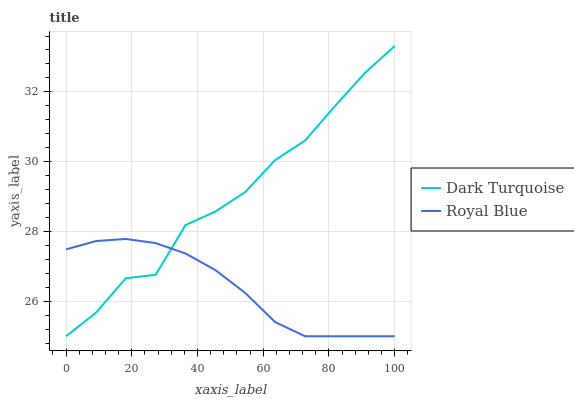
| xaxis_label | Dark Turquoise | Royal Blue |
 | --- | --- | --- |
 | 0 | 25 | 27.5 |
 | 9.09 | 25.7 | 27.7 |
 | 18.2 | 26.7 | 27.8 |
 | 27.3 | 26.8 | 27.7 |
 | 36.4 | 28.2 | 27.4 |
 | 45.5 | 28.6 | 26.9 |
 | 54.5 | 29.1 | 26.2 |
 | 63.6 | 30 | 25.4 |
 | 72.7 | 30.6 | 25 |
 | 81.8 | 31.6 | 25 |
 | 90.9 | 32.5 | 25 |
 | 100 | 33.3 | 25 |